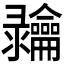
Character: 𬺠